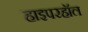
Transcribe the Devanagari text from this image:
हाइपरहॉल